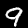
Digit: 9